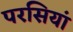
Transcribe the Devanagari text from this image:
परसियां